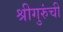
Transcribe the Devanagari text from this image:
श्रीगुरुंंची